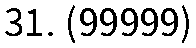
31. (99999)